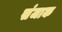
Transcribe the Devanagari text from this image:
संजाक